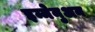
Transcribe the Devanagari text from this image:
इम्मेनुअन